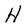
Character: H